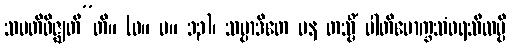
သမတိဝိဇ္ဈတီ”တိ။ (ဓ။ ပ။ ၁၃)၊ သမ္ပာဒိတေ ပန တသ္မိံ ပါတိမောက္ခသံဝရသီလမ္ပိ